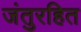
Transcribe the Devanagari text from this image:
जंतुरहित